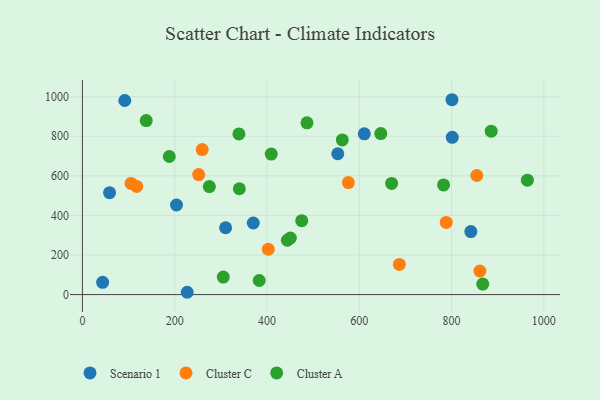
{"axis": {"x": "Study Hours", "y": "Sales"}, "legend": ["Cluster A", "Cluster C", "Scenario 1"], "data": [{"x": "310.3", "y": 337.7, "type": "Scenario 1"}, {"x": "610.9", "y": 812.5, "type": "Scenario 1"}, {"x": "800.9", "y": 984.8, "type": "Scenario 1"}, {"x": "91.8", "y": 981.0, "type": "Scenario 1"}, {"x": "553.4", "y": 711.8, "type": "Scenario 1"}, {"x": "841.8", "y": 318.5, "type": "Scenario 1"}, {"x": "58.8", "y": 515.1, "type": "Scenario 1"}, {"x": "801.5", "y": 794.8, "type": "Scenario 1"}, {"x": "43.8", "y": 62.2, "type": "Scenario 1"}, {"x": "203.9", "y": 452.8, "type": "Scenario 1"}, {"x": "370.3", "y": 361.7, "type": "Scenario 1"}, {"x": "227.1", "y": 11.7, "type": "Scenario 1"}, {"x": "854.7", "y": 601.8, "type": "Cluster C"}, {"x": "686.9", "y": 152.4, "type": "Cluster C"}, {"x": "861.4", "y": 119.3, "type": "Cluster C"}, {"x": "576.4", "y": 565.9, "type": "Cluster C"}, {"x": "788.5", "y": 364.8, "type": "Cluster C"}, {"x": "117.6", "y": 546.7, "type": "Cluster C"}, {"x": "252.0", "y": 606.7, "type": "Cluster C"}, {"x": "105.4", "y": 561.6, "type": "Cluster C"}, {"x": "259.6", "y": 733.1, "type": "Cluster C"}, {"x": "402.8", "y": 229.1, "type": "Cluster C"}, {"x": "475.3", "y": 373.3, "type": "Cluster A"}, {"x": "867.6", "y": 53.3, "type": "Cluster A"}, {"x": "383.2", "y": 71.2, "type": "Cluster A"}, {"x": "275.1", "y": 546.1, "type": "Cluster A"}, {"x": "486.7", "y": 867.9, "type": "Cluster A"}, {"x": "188.3", "y": 697.9, "type": "Cluster A"}, {"x": "138.3", "y": 879.3, "type": "Cluster A"}, {"x": "646.6", "y": 813.5, "type": "Cluster A"}, {"x": "670.1", "y": 561.9, "type": "Cluster A"}, {"x": "340.1", "y": 534.9, "type": "Cluster A"}, {"x": "409.2", "y": 710.1, "type": "Cluster A"}, {"x": "339.2", "y": 812.1, "type": "Cluster A"}, {"x": "450.6", "y": 286.1, "type": "Cluster A"}, {"x": "444.1", "y": 274.7, "type": "Cluster A"}, {"x": "305.3", "y": 88.4, "type": "Cluster A"}, {"x": "563.2", "y": 781.4, "type": "Cluster A"}, {"x": "885.9", "y": 825.8, "type": "Cluster A"}, {"x": "964.3", "y": 578.4, "type": "Cluster A"}, {"x": "782.7", "y": 554.4, "type": "Cluster A"}]}